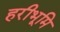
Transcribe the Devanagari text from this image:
हरीभूमि